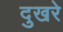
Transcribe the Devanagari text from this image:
दुखरे